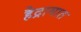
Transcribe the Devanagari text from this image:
हैद्रामात